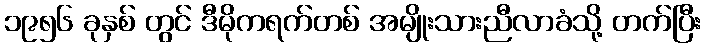
၁၉၅၆ ခုနှစ် တွင် ဒီမိုကရက်တစ် အမျိုးသားညီလာခံသို့ တက်ပြီး